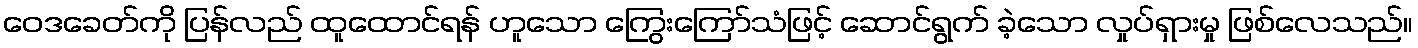
ဝေဒခေတ်ကို ပြန်လည် ထူထောင်ရန် ဟူသော ကြွေးကြော်သံဖြင့် ဆောင်ရွက် ခဲ့သော လှုပ်ရှားမှု ဖြစ်လေသည်။